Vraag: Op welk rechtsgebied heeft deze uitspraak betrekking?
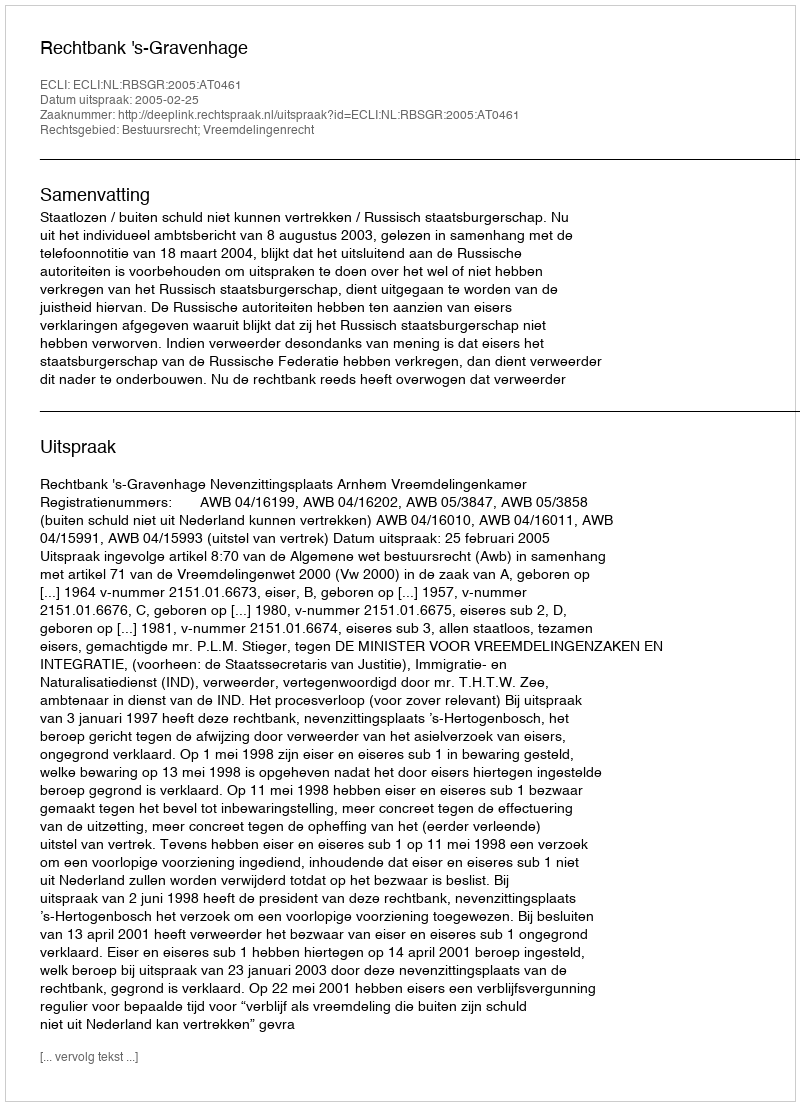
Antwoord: Bestuursrecht; Vreemdelingenrecht